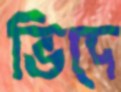
ভিদে